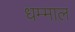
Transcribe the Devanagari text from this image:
धम्माल